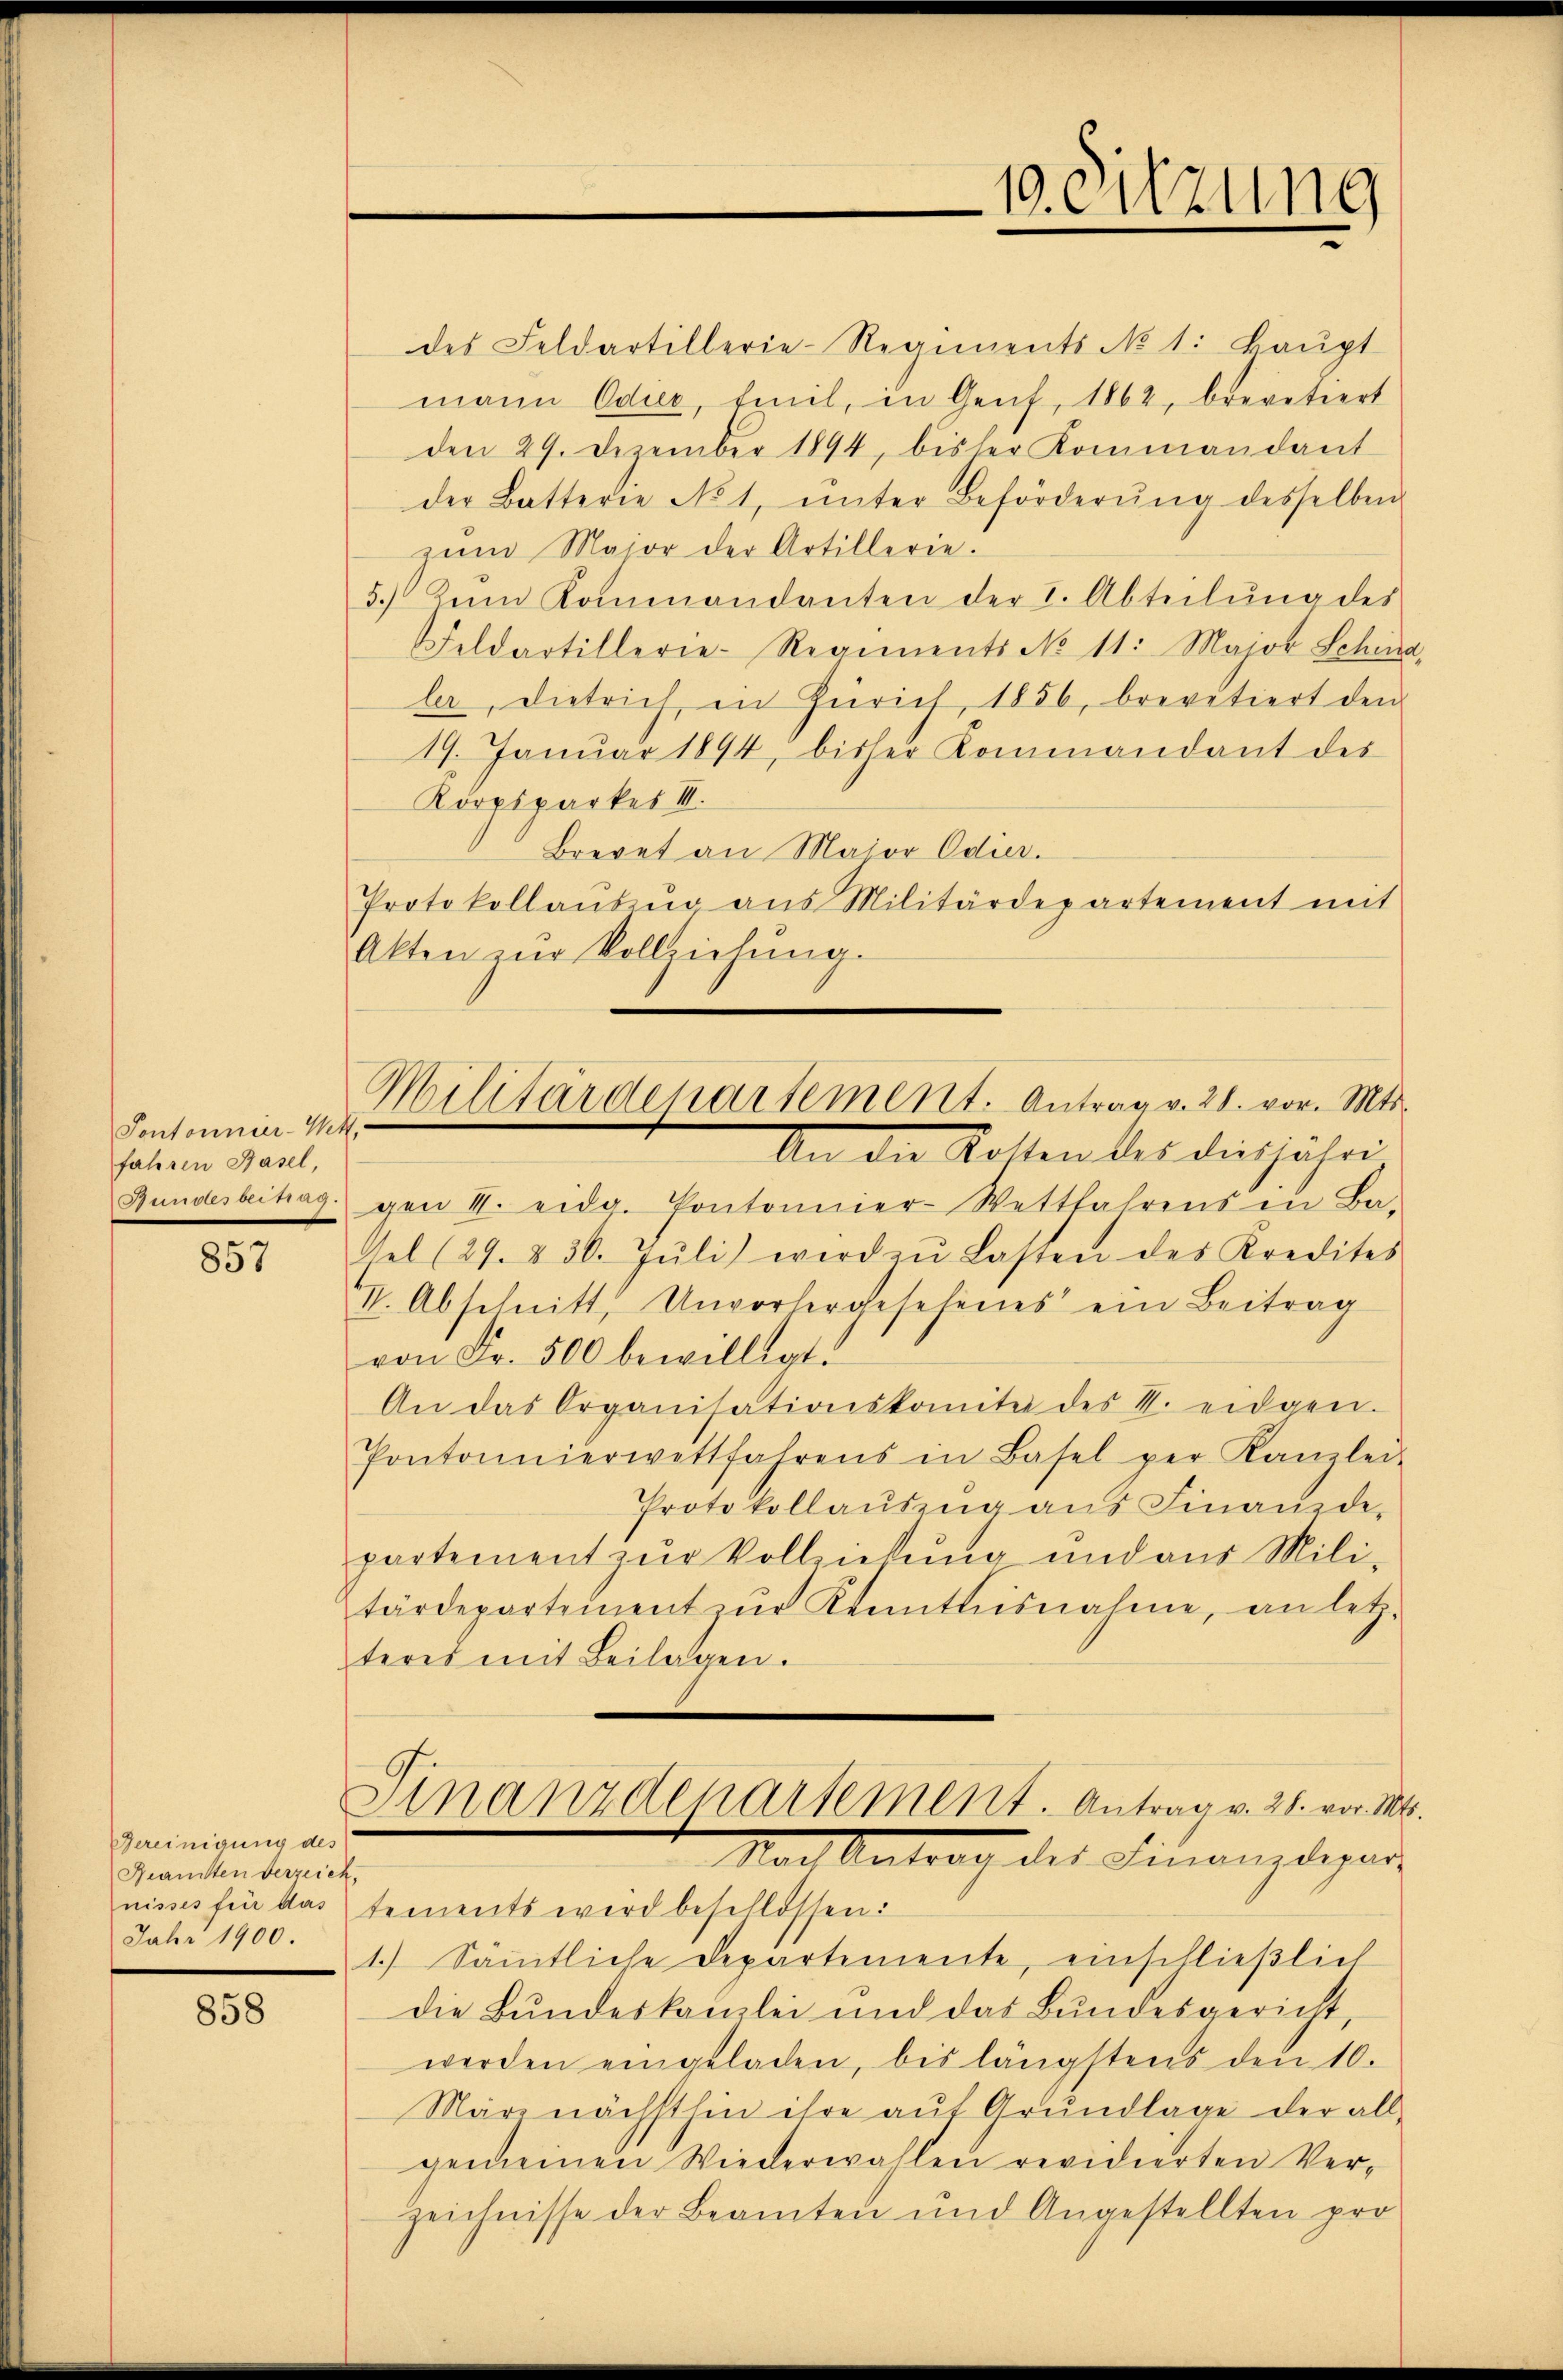
Pontonnier-Wett.
fahren Basel,
523 33 d

857

Bereinigung des
Reansten derzeich,
Jahr 1900.

858

des Feldartillerie-Regiments No 1. Baŭpt
mann Odie, teil, in Genf, 1862, brevetiert
den 29. Dezember 1894, bisher Kommandant
der Batterie No 1, ŭnter Beförderŭng desselben
zŭm Maior der Artillerie.
5.) Zum Kommandanten der I. Abteilŭng des
Feldartillerie-Regiments No 11. Major Schind
ler, dietrich in Zürich, 1856, brevitiert den
19. Januar 1894, bisher Kommandant des
Korpsparkes III.
Brevet an Maior Odier.
Protokollaŭs ŭr aŭs Militärdepartement mit
Akten zŭr Vollziehŭng.

Militärdepartement. Antrag v. 28. vor. Mts.
An die Kosten des diesjähri

gen II. eidg. Pontonnier-Wettfahrens in Ba-
Gel 29. 830. Jŭli wird zŭ Lasten des Kredites
VV. Abschnitt, Unvorhergesehenes ein Beitrag
von Fr. 500 bewilligt.
An das Organisationskomitee des V. eidgen.
Pontonnierwettfahrens in Basel per Kanzlei-
Protokollauszug aus Finanzde-
partement zur Vollziehung und aus Militärdepartement zur Kenntnisnahme, an letzteres mit Beilagen.
Finanzdenartement. Antrag v. 28. vor. M.
Nach Antrag des Finanzdepar
nisses für das tements wird beschlossen:
1.) Sämmtliche Departemente, einschließlich
die Bundeskanzlei und das Bundesgericht,
werden eingeladen, bis längstens den 10.
Märe nächsthin ihre auf Grundlage der all-
gemeinen Wiederwahlen revidierten Ver-
zeichnisse der Beamten und Angestellten pro

19. Sitzung